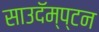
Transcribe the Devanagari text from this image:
साउदॅम्प्टन